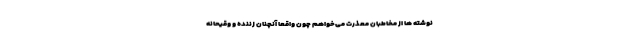
نوشته ها از مخاطبان معذرت می‌خواهم چون واقعا آنچنان زننده و وقیحانه